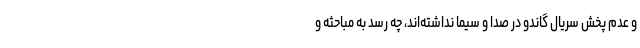
و عدم پخش سریال گاندو در صدا و سیما نداشته‌اند، چه رسد به مباحثه و